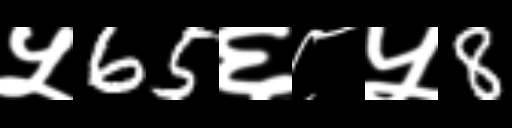
Text: ५65६८५8